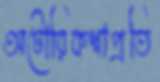
অটোরিকশাপ্রতি